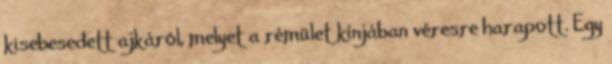
kisebesedett ajkáról, melyet a rémület kínjában véresre harapott. Egy